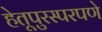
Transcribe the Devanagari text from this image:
हेतूपुरस्परपणे